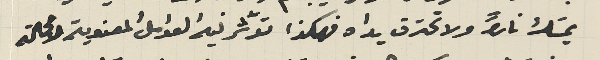
يمسَك ناراً ولا تحترق يداه فهكذا تؤثر فيه العوامل المعنوية لامحالة